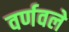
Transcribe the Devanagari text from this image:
वर्णवले